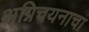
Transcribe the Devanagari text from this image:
अग्निचयनाचा